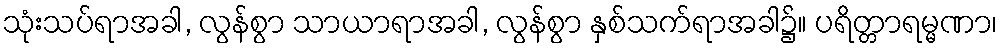
သုံးသပ်ရာအခါ, လွန်စွာ သာယာရာအခါ, လွန်စွာ နှစ်သက်ရာအခါ၌။ ပရိတ္တာရမ္မဏာ၊